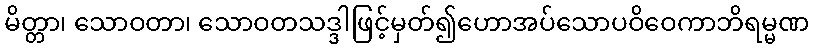
မိတ္တာ၊ သောဝတာ၊ သောဝတသဒ္ဒါဖြင့်မှတ်၍ဟောအပ်သောပဝိဝေကာဘိရမ္မဏ